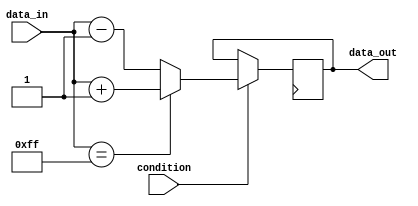
module LoopBehavioral (
    input wire condition,
    input wire [7:0] data_in,
    output reg [7:0] data_out
);

always @ (posedge clk) begin
    if (condition) begin
        // Conditional statements within the loop
        if (data_in == 8'hFF) begin
            data_out <= data_in + 1;
        end else begin
            data_out <= data_in - 1;
        end
    end
end

endmodule